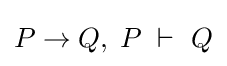
P\to Q,\;P\;\vdash \ Q